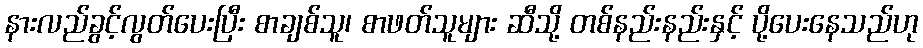
နားလည်ခွင့်လွတ်ပေးပြီး စာချစ်သူ၊ စာဖတ်သူများ ဆီသို့ တစ်နည်းနည်းနှင့် ပို့ပေးနေသည်ဟု